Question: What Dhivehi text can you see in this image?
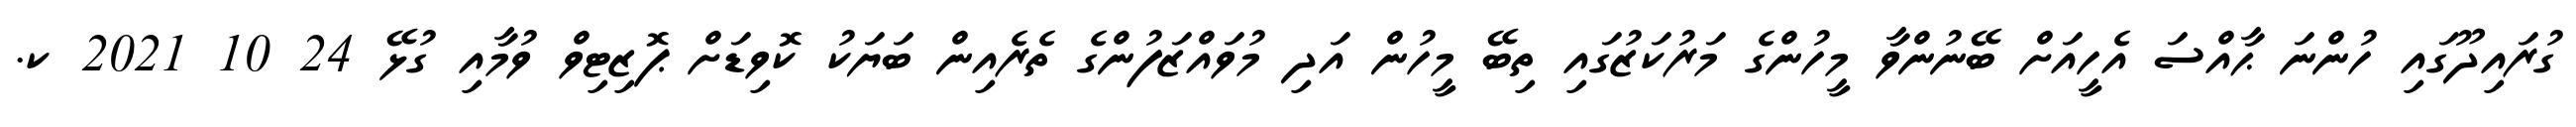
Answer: ގުރައިދޫގައި ހުންނަ ޙާއްސަ އެހީއަށް ބޭނުންވާ މީހުންގެ މަރުކަޒުގައި ތިބޭ މީހުން އަދި މުވައްޒަފުންގެ ތެރެއިން ބަޔަކު ކޮވިޑަށް ޕޮޒިޓިވް ވުމާއި ގުޅޭ 24 10 2021 ކ.